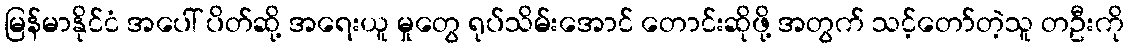
မြန်မာနိုင်ငံ အပေါ် ပိတ်ဆို့ အရေးယူ မှုတွေ ရုပ်သိမ်းအောင် တောင်းဆိုဖို့ အတွက် သင့်တော်တဲ့သူ တဦးကို